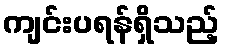
ကျင်းပရန်ရှိသည့်